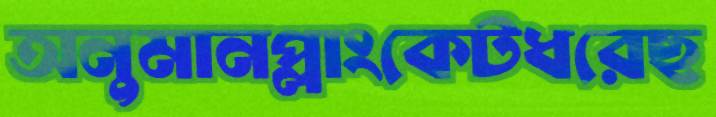
অনুমানপ্লাংকেটধরেছ